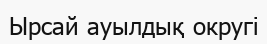
Ырсай ауылдық округі